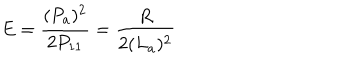
LaTeX: E = \frac { ( P _ { a } ) ^ { 2 } } { 2 P _ { 1 1 } } = \frac { R } { 2 ( L _ { a } ) ^ { 2 } }